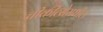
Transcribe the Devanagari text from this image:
चीकीत्सेमधील